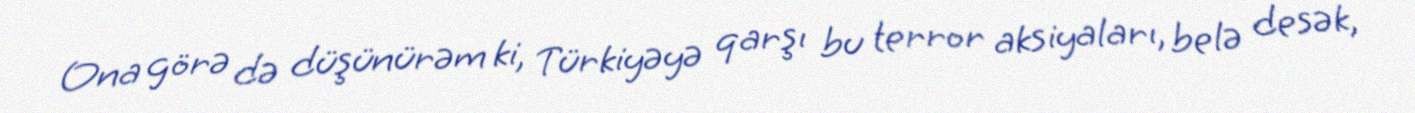
Ona görə də düşünürəm ki, Türkiyəyə qarşı bu terror aksiyaları, belə desək,